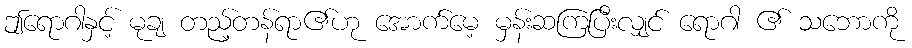
ဤရောဂါနှင့် မုချ တည့်တန်ရာ၏ဟု အောက်မေ့ မှန်းဆကြပြီးလျှင် ရောဂါ ၏ သဘောကို